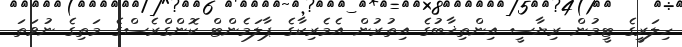
ހިލަރީގެ ޓީމުން ރިޔާސީ އިންތިޚާބުގެ އިތުރުން އެމެރިކާގެ ޕާލަމެންޓް ކޮންގްރެސްގެ މަތިގެ ނުވަތަ